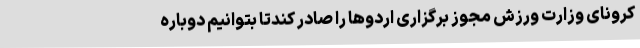
کرونای وزارت ورزش مجوز برگزاری اردوها را صادر کندتا بتوانیم دوباره